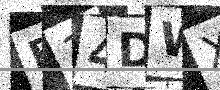
Text: E34DWX